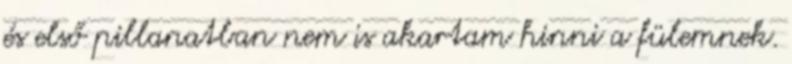
és első pillanatban nem is akartam hinni a fülemnek.